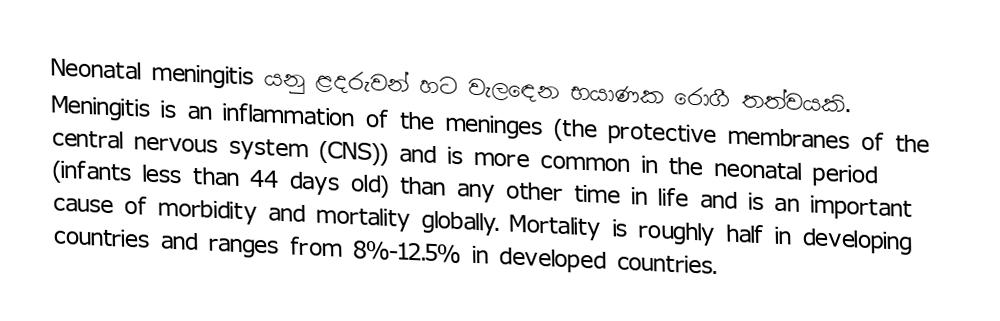
Neonatal meningitis යනු ළදරුවන් හට වැලඳෙන භයාණක රොගී තත්වයකි. Meningitis is an inflammation of the meninges (the protective membranes of the central nervous system (CNS)) and is more common in the neonatal period (infants less than 44 days old) than any other time in life and is an important cause of morbidity and mortality globally. Mortality is roughly half in developing countries and ranges from 8%-12.5% in developed countries.